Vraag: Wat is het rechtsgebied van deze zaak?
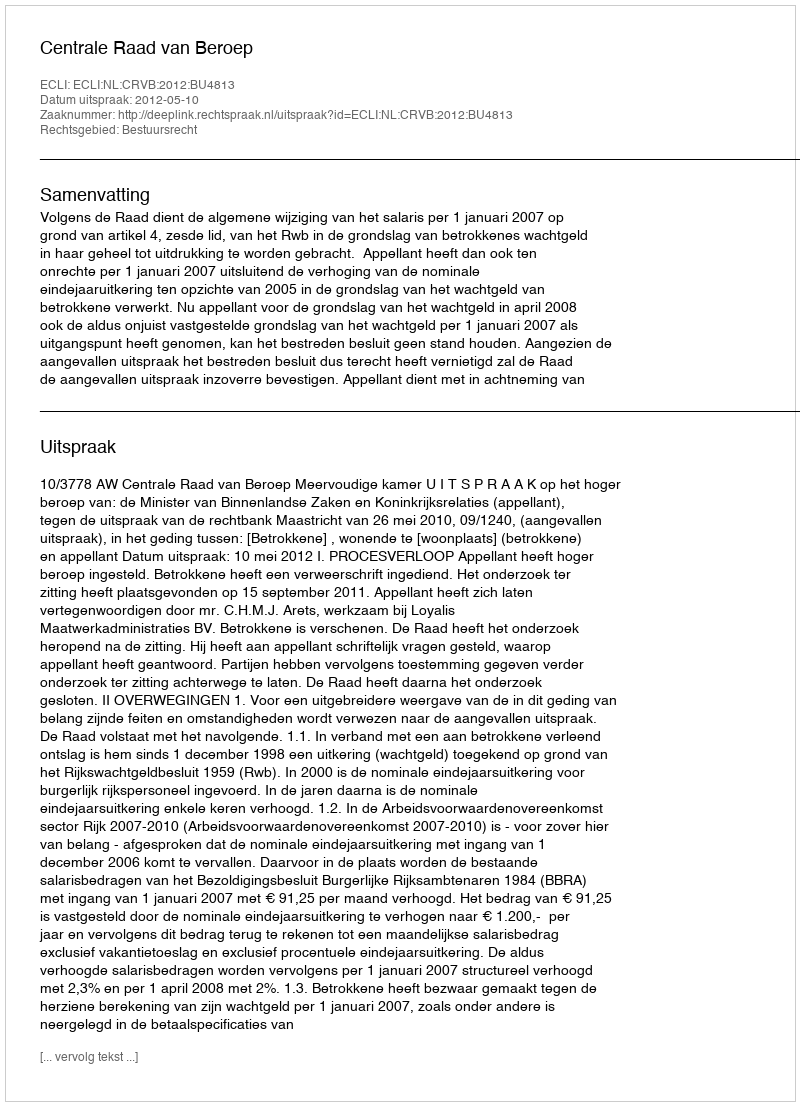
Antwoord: Bestuursrecht